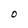
Character: O